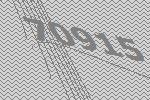
70915